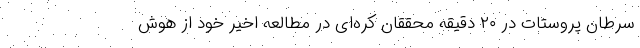
سرطان پروستات در ۲۰ دقیقه محققان کره‌ای در مطالعه اخیر خود از هوش